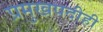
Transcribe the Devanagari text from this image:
प्रमुखपदीही